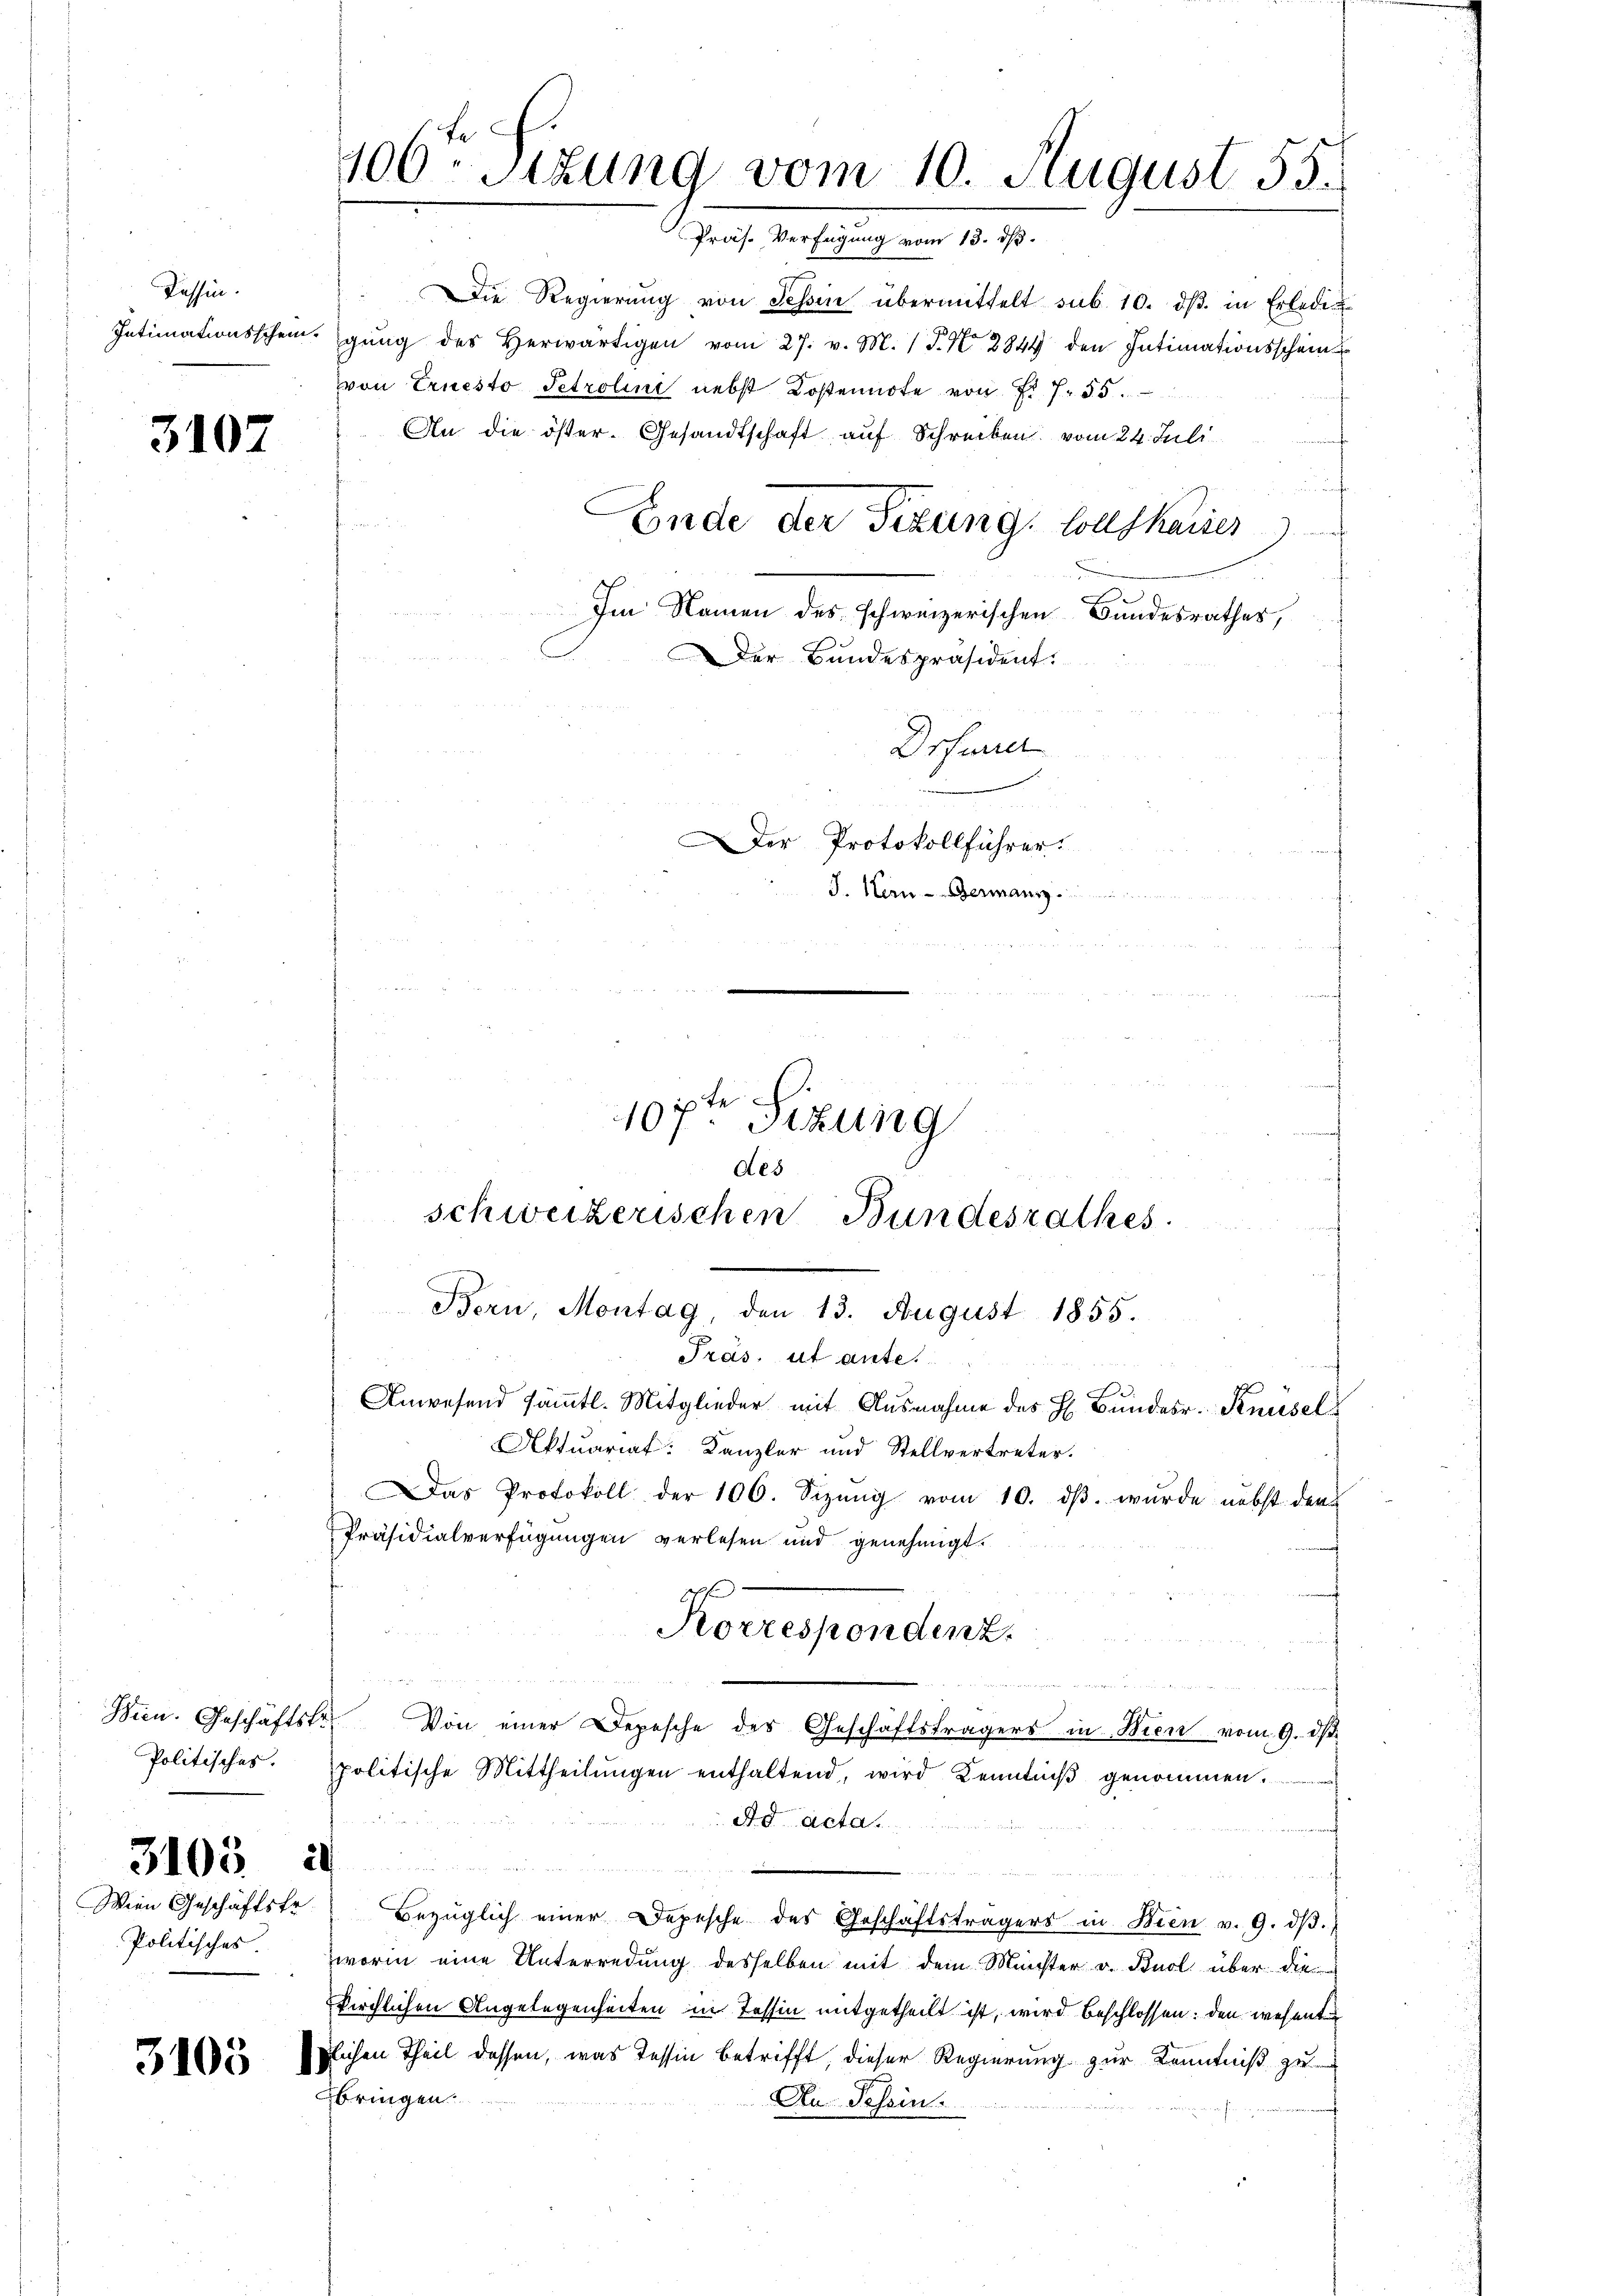
Tessin.
Intimationsschein.

3107

Bien. Geschäftsk
Politisches.

Wien Geschäftsfr.
Politisches

3105

106ten Sizung vom 10. August 55.
Präs. Verfügung vom 13. ds.

Die Regierŭng von Schin übermittelt sub. 10. dβ. in Erledigŭng des herwärtigen vom 27. v. M. (T. N. 2844 den Intimationsschein
von Ernesto Petroline nebst Kostennote von f. 755.
An die öster. Gesandtschaft auf Schreiben vom 24. Juli
Ende der Sizung. Sollskaises)
Im Namen des schweizerischen Bundesrathes,

Aktuariat. Kanzler und Stellvertreter.
Das Protokoll der 106. Sizŭng vom 10. dβ. wurde nebst der
Präsidialverfügungen verlesen und genehmigt.
2
 Von einer Depesche des Geschäftsträgers in Wien vom 9. dβ.
politische Mittheilŭngen enthaltend, wird Kenntniβ genommen.
Ad Acta.
Bezüglich einer Depesche des Geschäftsträgers in Wien v. 9. dβ.
worin eine Unterredung desselben mit dem Münster v. Buol über die
kirchlichen Angelegenheiten in Tessin mitgetheilt ist, wird beschlossen: den wesent
lichen Theil dessen, was Tessin betrifft, dieser Regierung zur Kenntniß zu
bringen.
An Schein.

Der Bundespräsident.
Drfurrer
Der Protokollführer.
J. Kern - Germann.
10ften Sizung

Aes
schweizerischen Bundesrathes
Bern, Montag, den 13. August 1855.
Präs. ut ante.
Anwesend sämmtl. Mitglieder mit Ausnahme des H. Bundesr. Knüsel

Korrespondenz.

n